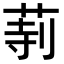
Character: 𦱰